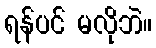
ရန်ပင် မလိုဘဲ။